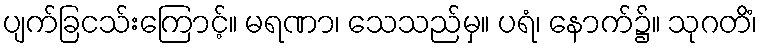
ပျက်ခြငသ်းကြောင့်။ မရဏာ၊ သေသည်မှ။ ပရံ၊ နောက်၌။ သုဂတိံ၊